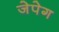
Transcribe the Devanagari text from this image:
जेपेग